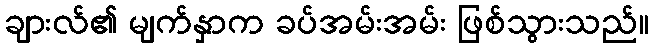
ချားလ်၏ မျက်နှာက ခပ်အမ်းအမ်း ဖြစ်သွားသည်။